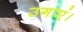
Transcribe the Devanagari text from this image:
उगाएं।